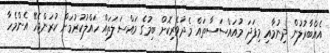
އެއްބާރުލުން ދިނުމާއި މިފަދަ މުއައްސަސާތައް މެދުވެރިކޮށް ބިމުގެ މައްސަލަތައް ހައްލުކުރުމަށް ކުރަންޖެހޭ އެންމެހާ